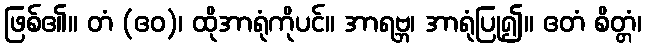
ဖြစ်၏။ တံ (ဧဝ)၊ ထိုအာရုံကိုပင်။ အာရဗ္ဘ၊ အာရုံပြု၍။ ဧတံ စိတ္တံ၊